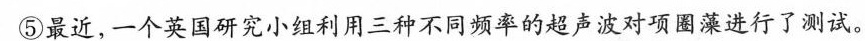
⑤最近，一个英国研究小组利用三种不同频率的超声波对项圈藻进行了测试。